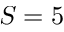
S = 5